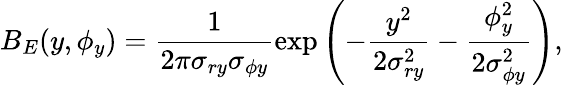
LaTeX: B_{E}(y,\phi_{y})=\frac{1}{2\pi\sigma_{ry}\sigma_{\phi y}}\exp\left(-\frac{y^{2}}{2\sigma_{ry}^{2}}-\frac{\phi_{y}^{2}}{2\sigma_{\phi y}^{2}}\right),